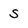
Character: s